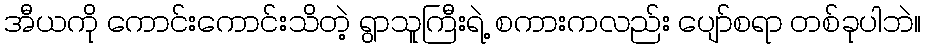
အီယကို ကောင်းကောင်းသိတဲ့ ရွာသူကြီးရဲ့ စကားကလည်း ပျော်စရာ တစ်ခုပါဘဲ။